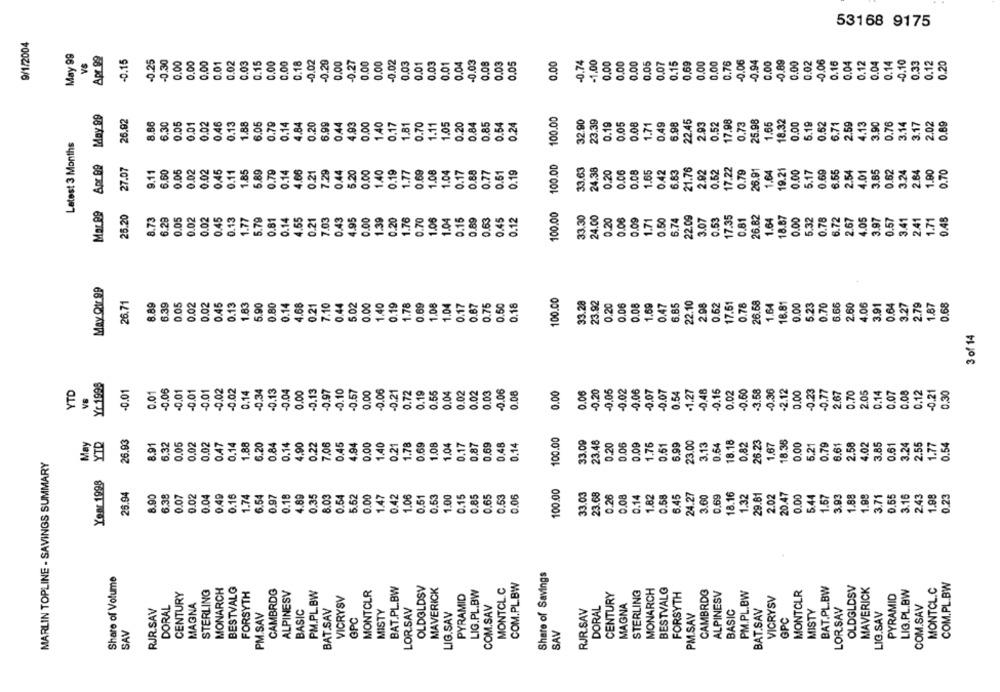
53168 9175
9/1/2004
0.15
-0.25
0.30
0.00
0.00
0,00
0.01
0.02
0.03
0.15
0.00
0.00
0.18
0.02
-0.29
0.00
0.00
0.00
-0.02
0.03
0.01
0.03
0.01
0.04
-0.03
0.08
0.03
0.05
0.00
-0.74
-1.00
0.00
0.00
0.05
0.07
0.15
0,69
0.00
0,00
0.76
-0.06
-0.94
0.00
0.89
0.02
0.06
.16
0.04
0.12
0.04
0.14
0.33
0.12
0.20
0.00
May 99
100.00
26.92
8.86
6.30
0.05
0.01
0.02
0.46
0.13
6.05
0.79
0.14
4.84
0.20
6.99
0.44
4.93
0.00
1.40
1.81
0.70
1.05
0.20
0.84
0.85
0.54
0.24
32.90
23.39
0.19
0.05
0.08
0.49
6.98
22.45
2.93
0.52
17.98
0.73
25.98
1.65
18.32
0.00
5.19
0.62
6.71
2.59
4.13
3.90
0.76
3.14
3.17
2.02
0.89
0.17
1.1
1.71
Latest 3 Months
Apr 89
100.00
27.07
6.60
0.05
0.02
0.02
0.45
0.11
5.89
0.79
0.14
4.65
0.21
7.29
0.44
5.20
0.00
1.40
0.19
1.77
0.69
1.08
1.04
0.17
0.68
0.77
0.61
0.19
33.63
24.38
0.20
0.06
0.08
1.65
0.42
6.83
21.76
2.92
0.52
7.22
0.79
26.91
1.64
19.21
0.00
5.17
0.69
6.65
4.01
3.85
0.62
3.24
1.80
0.70
2.5
Mar R9
25.20
100.00
22.09
8.73
6.28
0.05
0.02
0.02
0.45
0.13
1.77
5.79
0.81
0.14
4.55
0.21
7.03
0.43
4.95
0.00
1.39
0.20
1.76
0.70
1.06
1.04
9.15
0.89
0.63
0.45
0.12
33.30
24.00
0.20
0.06
0.09
1.71
0.50
6.74
3.07
0.53
17.35
0.81
26.82
1.64
18.67
0.00
5.32
0.78
6.72
2.67
4.05
3.97
0.57
3.41
2.41
1.71
0.45
May Qtr.99
100.00
26.71
8.89
6.39
0.05
0.02
0.02
0.45
0.13
1.63
5.90
.80
0.14
0.21
7.10
0.44
5.02
0.00
1.40
0.19
1.78
0.69
1.08
1.04
0.17
0.87
0.75
0.50
0.18
33.28
23.92
0.20
0.06
0.08
1.69
0.47
6.85
22.10
2.98
0.62
7.51
0.78
26.68
1.64
8.81
0.00
5.23
0.70
6.66
2.60
4.06
3.91
0.64
3.27
2.79
1.87
0.68
3 of 14
Yr 1998
0.06
3.58
YTD
-0.01
0.01
-0.05
0.01
0.01
-0.01
-0.02
0.02
0.14
-0.34
-0.13
-0.04
0.00
-0.13
-0.97
0.10
-0.57
0.00
-0.06
-0.21
0.72
0.19
0.55
0.04
0.02
0.02
0.03
0.08
3.00
0.06
-0.20
-0.05
-0.02
0.06
0.07
0.07
0.54
-1.27
0,48
0.15
0.02
0.50
0.36
-2.12
0.00
-0.23
0.77
2.67
0.70
2.05
0.14
0.07
0.08
0.12
0.21
0,30
VB
May
YTD
26.93
6.32
0.05
0.02
1.88
3.20
0.84
0.14
4.90
0.22
7.06
0.00
1.40
1.78
0.69
1.08
1.04
0,87
0.69
0,48
0.14
100.00
33.09
23.48
0.20
0.06
0.09
1.76
0.51
6.99
23.00
0.54
18.18
0,82
26.23
18.36
0.00
5,21
0.79
6.61
2.58
4.02
2.55
0.54
8.91
0.02
0.47
0.14
0.45
4.94
0.21
0.17
3.13
1.67
3.85
0.61
3.24
1.77
MARLIN TOPLINE - SAVINGS SUMMARY
Your 1998
26.94
100.00
8.90
6.38
0.07
0.02
0.04
0.49
0.16
1.74
6.54
0.97
0.18
4.89
0.35
8.03
0.54
5.52
0.00
1.47
0.42
1.06
0.51
0.53
1.00
0.15
0.85
0.65
0.53
3.05
33.03
23.68
0.26
0.08
0.14
1.82
0.58
6.45
24.27
3.60
0.69
18.16
1.32
29.61
2.02
20.47
0.00
5.44
1.67
3.93
1.88
3.71
0.55
3.16
2.43
0.23
Share of Savings
Share of Volume
MONARCH
BESTVALG
BAT.PL.BW
OLDOLDSV
MAVERICK
MONTCL.C
COM.PL.BW
BESTVALG
BAT.PL.BW
OLDGLDSV
MAVERICK
MONTCL.C
COM.PL.BW
CENTURY
STERLING
FORSYTH
CAMBRDG
ALPINESV
PM.PL.BW
VICRYSV
MONTCLR
PYRAMID
LIG.PL.BW
CENTURY
STERLING
MONARCH
FORSYTH
CAMBRDG
ALPINESV
PM.PL.BW
MONTOLR
PYRAMID
LIG.PL.BW
MAGNA
VICRYSV
RJR.SAV
DORAL
MAGNA
BASIC
BAT.SAV
LORSAV
COM.SAV
RJR.SAV
DORAL
LORSAV
COM.SAV
PM.SAV
MISTY
LIG.SAV
PM.SAV
BASIC
BAT.SAV
GPC
MISTY
LIG.SAV
GPC
SAV
SAV